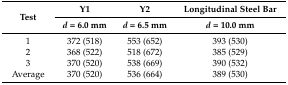
| <ROWSPAN=2> Test | Y1 | Y2 | Longitudinal Steel Bar |
 | d = 6.0 mm | d = 6.5 mm | d = 10.0 mm |
 | --- | --- | --- | --- |
 | 1 | 372 (518) | 553 (652) | 393 (530) |
 | 2 | 368 (522) | 518 (672) | 385 (529) |
 | 3 | 370 (520) | 538 (669) | 390 (532) |
 | Average | 370 (520) | 536 (664) | 389 (530) |